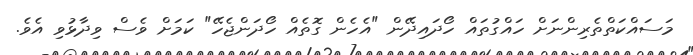
މަސައްކަތްތެރިންނަށް ހައްގުތައް ހޯދައިދޭން "އެހެން ގޮތެއް ހޯދަންޖެހޭ" ކަމަށް ވެސް ވިދާޅުވި އެވެ.